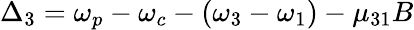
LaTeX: \Delta_{3}=\omega_{p}-\omega_{c}-(\omega_{3}-\omega_{1})-\mu_{31}B